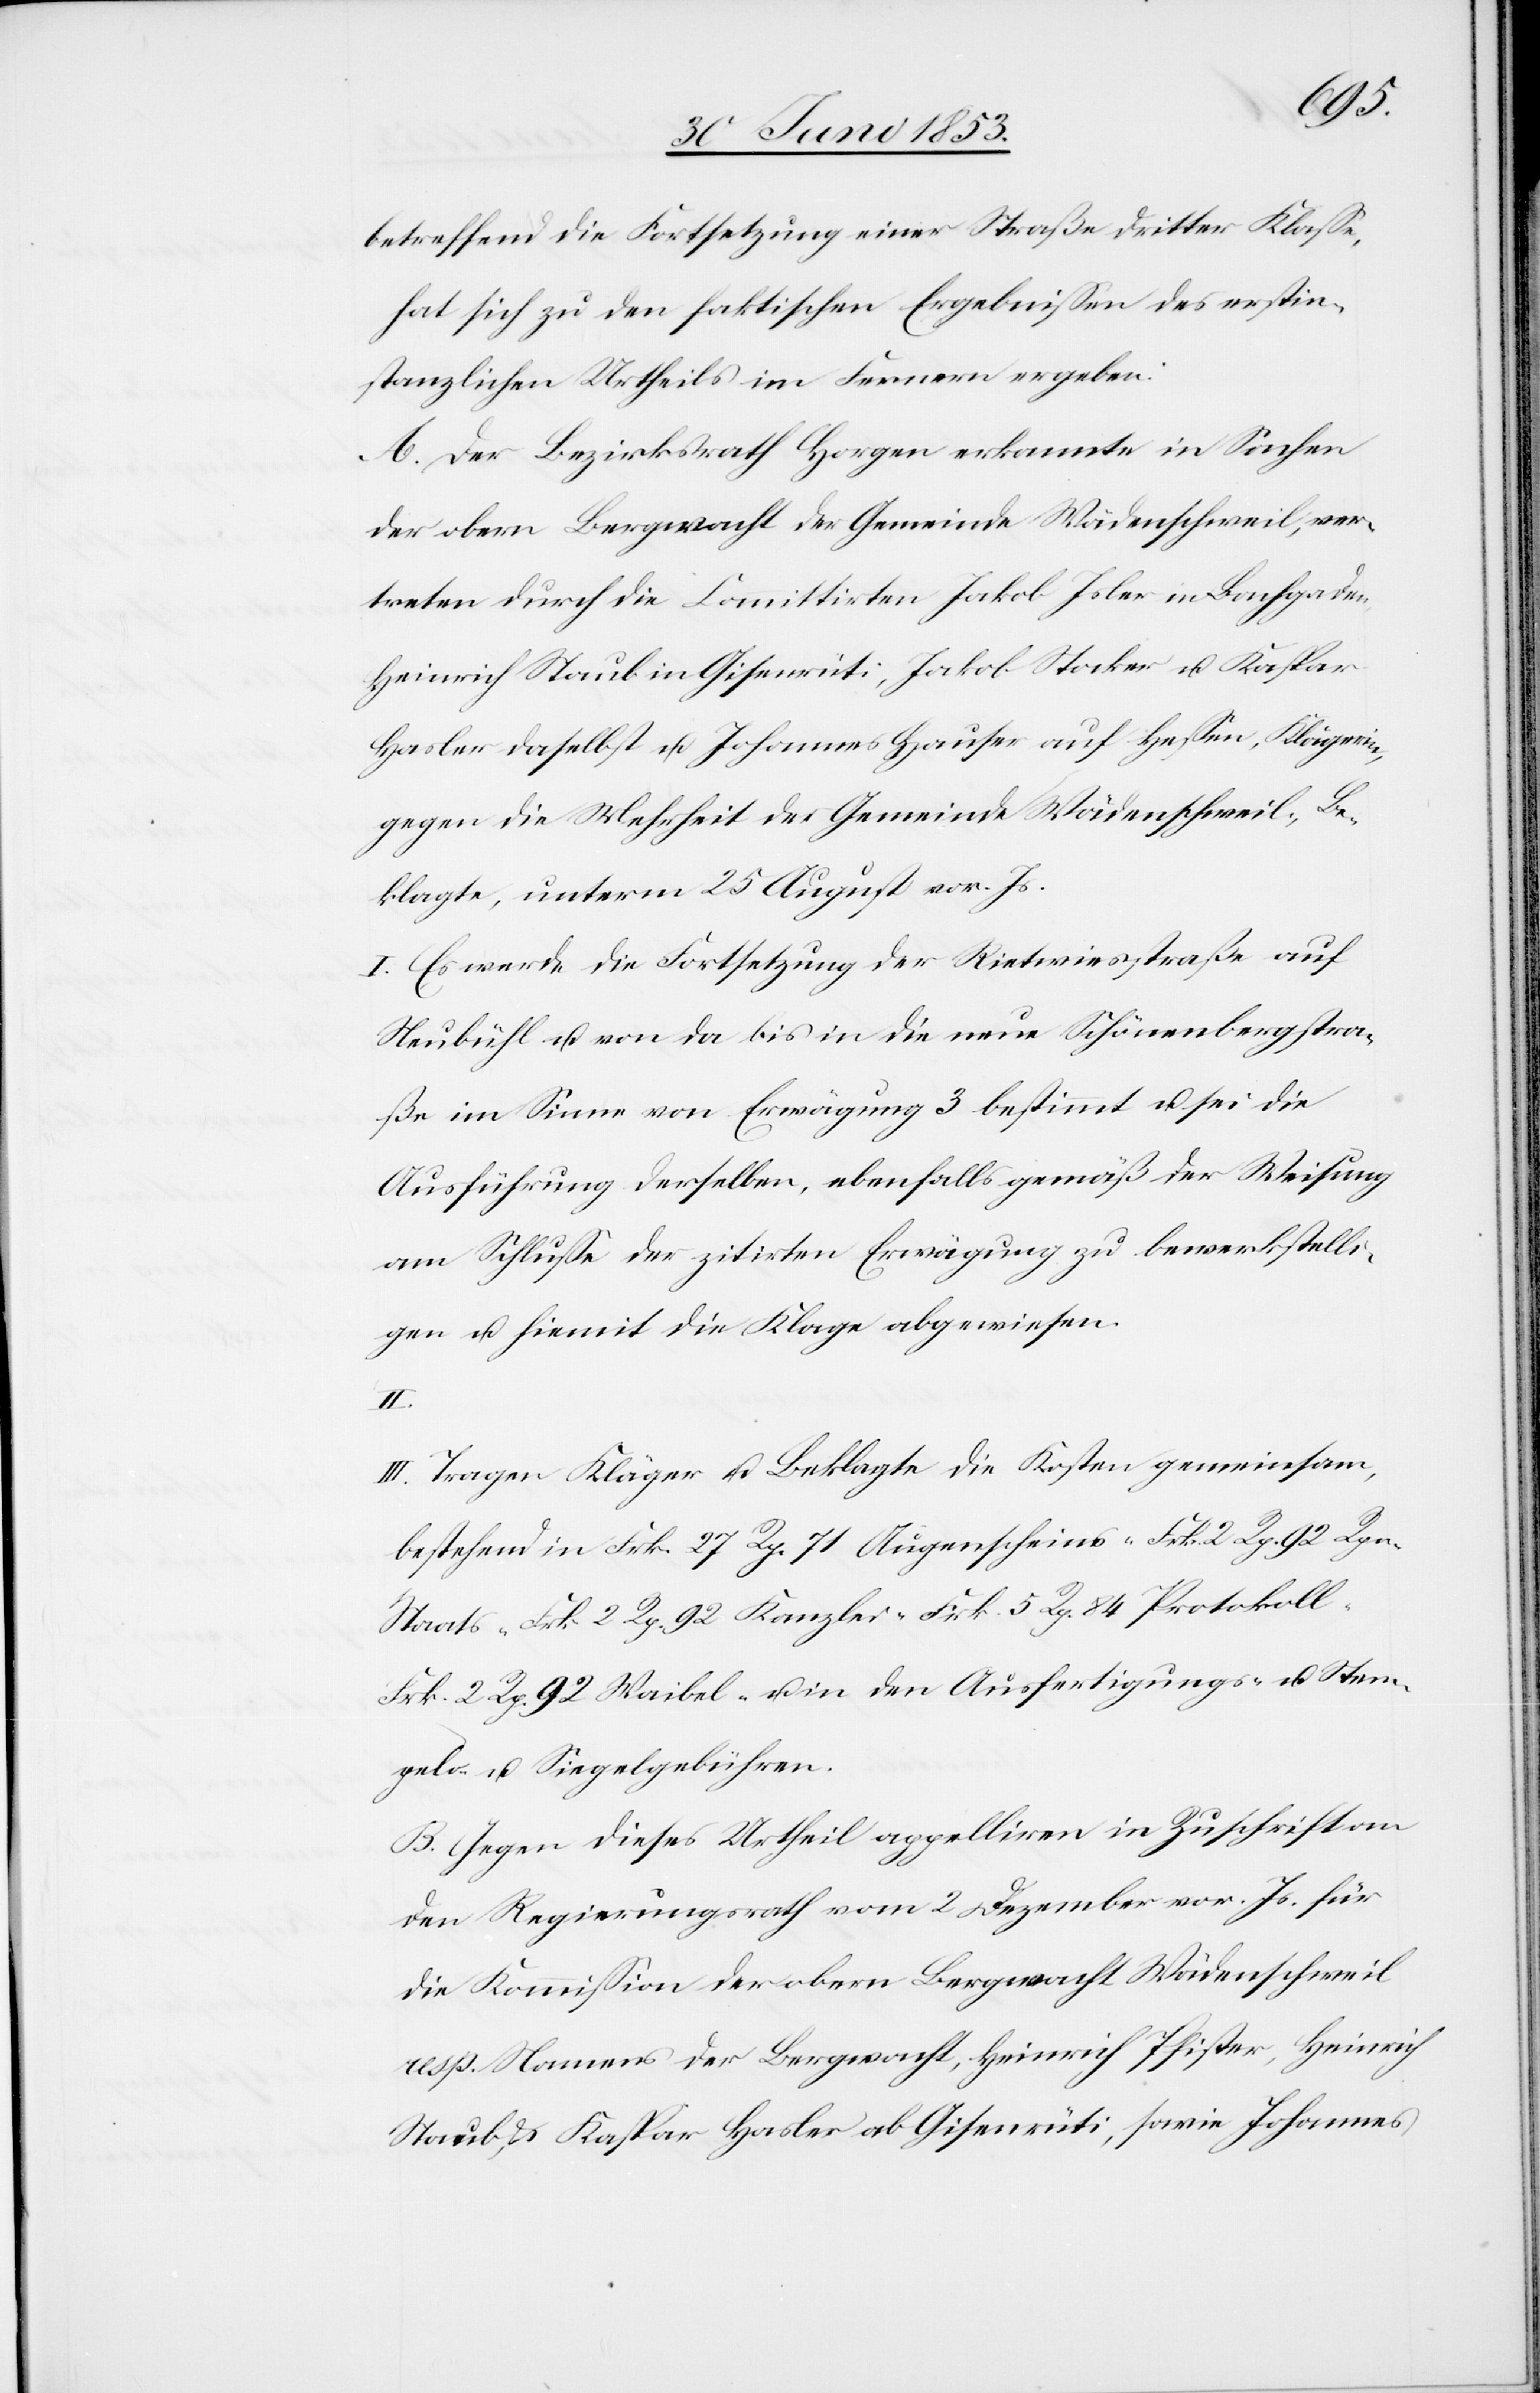
betreffend die Fortsetzung einer Straße dritter Klaße,
hat sich zu den faktischen Ergebnißen des erstin¬
stanzlichen Urtheils im Fernern ergeben:
A. Der Bezirksrath Horgen erkannte in Sachen
der obern Bergwacht der Gemeinde Wädenschweil, ver¬
treten durch die Comittirten Jakob Isler in Bachgaden,
Heinrich Staub in Gisenrüti, Jakob Stocker u. Kaspar
Hasler daselbst u. Johannes Hauser auf Heßen, Klägerinn
gegen die Mehrheit der Gemeinde Wädenschweil, Be¬
klagte, unterm 25 August vor. Js.
I. Es werde die Fortsetzung der Rietwiesstraße auf
Neubühl u. von da bis in die neue Schönenbergstra¬
ße im Sinne von Erwägung 3 bestimmt u. sei die
Ausführung derselben, ebenfalls gemäß der Weisung
am Schluße der zitirten Erwägung zu bewerkstelli¬
gen u. hiemit die Klage abgewiesen.
II.
III. Tragen Kläger u. Beklagte die Kosten gemeinsam,
bestehend in Frk. 27 Rp. 71 Augenscheins- Frk. 2 Rp. 92 Rpn.
Staats- Frk. 2 Rp. 92 Kanzlei- Frk. 5 Rp. 84 Protokoll-
Frk. 2 Rp. 92 Waibel- u. in den Ausfertigungs- u. Stem¬
pels- u. Siegelgebühren.
B. Gegen dieses Urtheil appelliren in Zuschrift an
den Regierungsrath vom 2 Dezember vor. Js. für
die Kommißion der obern Bergwacht Wädenschweil
resp. Namens der Bergwacht, Heinrich Pfister, Heinrich
Staub, u. Kaspar Hasler ab Gisenrüti, sowie Johannes